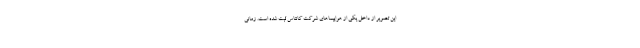
این تصویر از داخل یکی از هواپیماهای شرکت کانتاس ثبت شده است. زمانی